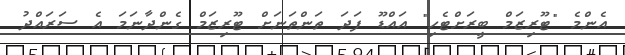
އެންމެ "ޓޫރިޒަމް ބީރަށްޓެހި" އައްޑޫ ފަދަ ތަންތަނަށް ޓޫރިޒަމް ގެންދާނަމަ އެ ސަރައްދު